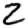
Digit: 2